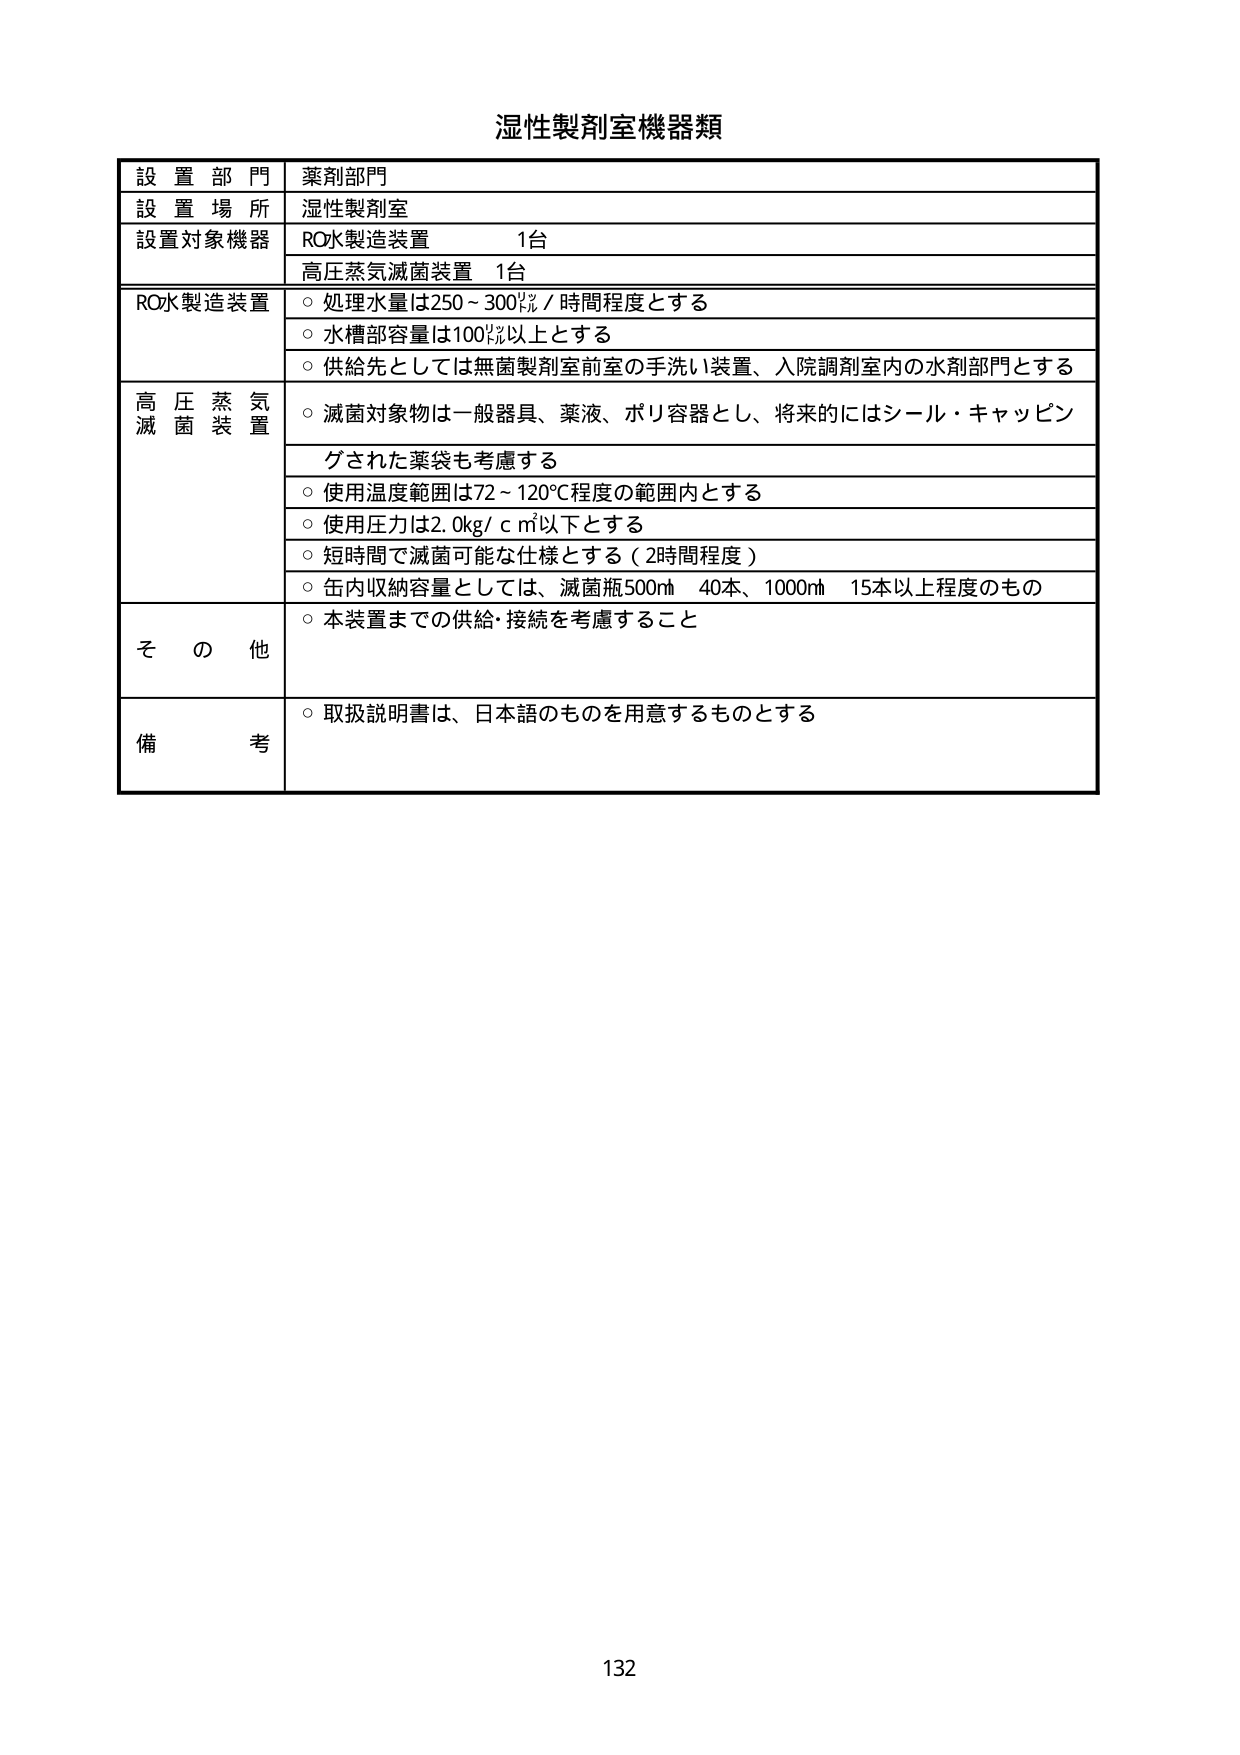
湿性製剤室機器類

設置部門　薬剤部門
設置場所　湿性製剤室
設置対象機器　RO水製造装置　1台
　　　　　　　高圧蒸気滅菌装置　1台

RO水製造装置
○処理水量は250～300㍑／時間程度とする
○水槽部容量は100㍑以上とする
○供給先としては無菌製剤室前室の手洗い装置、入院調剤室内の水剤部門とする

高圧蒸気滅菌装置
○滅菌対象物は一般器具、薬液、パリ容器とし、将来的にはシール・キャッピングされた薬袋も考慮する
○使用温度範囲は72～120℃程度の範囲内とする
○使用圧力は2.0kg／ｃ㎡以下とする
○短時間で滅菌可能な仕様とする（2時間程度）
○缶内収納容量としては、滅菌瓶500㎖　40本、1000㎖　15本以上程度のもの

その他
○本装置までの供給・接続を考慮すること

備考
○取扱説明書は、日本語のものを用意するものとする

132